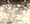
سحبه